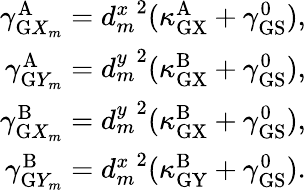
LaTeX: \begin{array}{r}{\gamma_{\mathrm{G}X_{m}}^{\mathrm{A}}={d_{m}^{x}}^{2}(\kappa_{\mathrm{GX}}^{\mathrm{A}}+\gamma_{\mathrm{GS}}^{0}),}\\ {\gamma_{\mathrm{G}Y_{m}}^{\mathrm{A}}={d_{m}^{y}}^{2}(\kappa_{\mathrm{GX}}^{\mathrm{B}}+\gamma_{\mathrm{GS}}^{0}),}\\ {\gamma_{\mathrm{G}X_{m}}^{\mathrm{B}}={d_{m}^{y}}^{2}(\kappa_{\mathrm{GX}}^{\mathrm{B}}+\gamma_{\mathrm{GS}}^{0}),}\\ {\gamma_{\mathrm{G}Y_{m}}^{\mathrm{B}}={d_{m}^{x}}^{2}(\kappa_{\mathrm{GY}}^{\mathrm{B}}+\gamma_{\mathrm{GS}}^{0}).}\end{array}